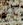
أخ